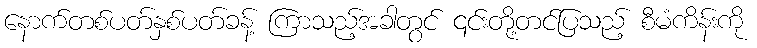
နောက်တစ်ပတ်နှစ်ပတ်ခန့် ကြာသည့်အခါတွင် ၎င်းတို့တင်ပြသည့် စီမံကိန်းကို